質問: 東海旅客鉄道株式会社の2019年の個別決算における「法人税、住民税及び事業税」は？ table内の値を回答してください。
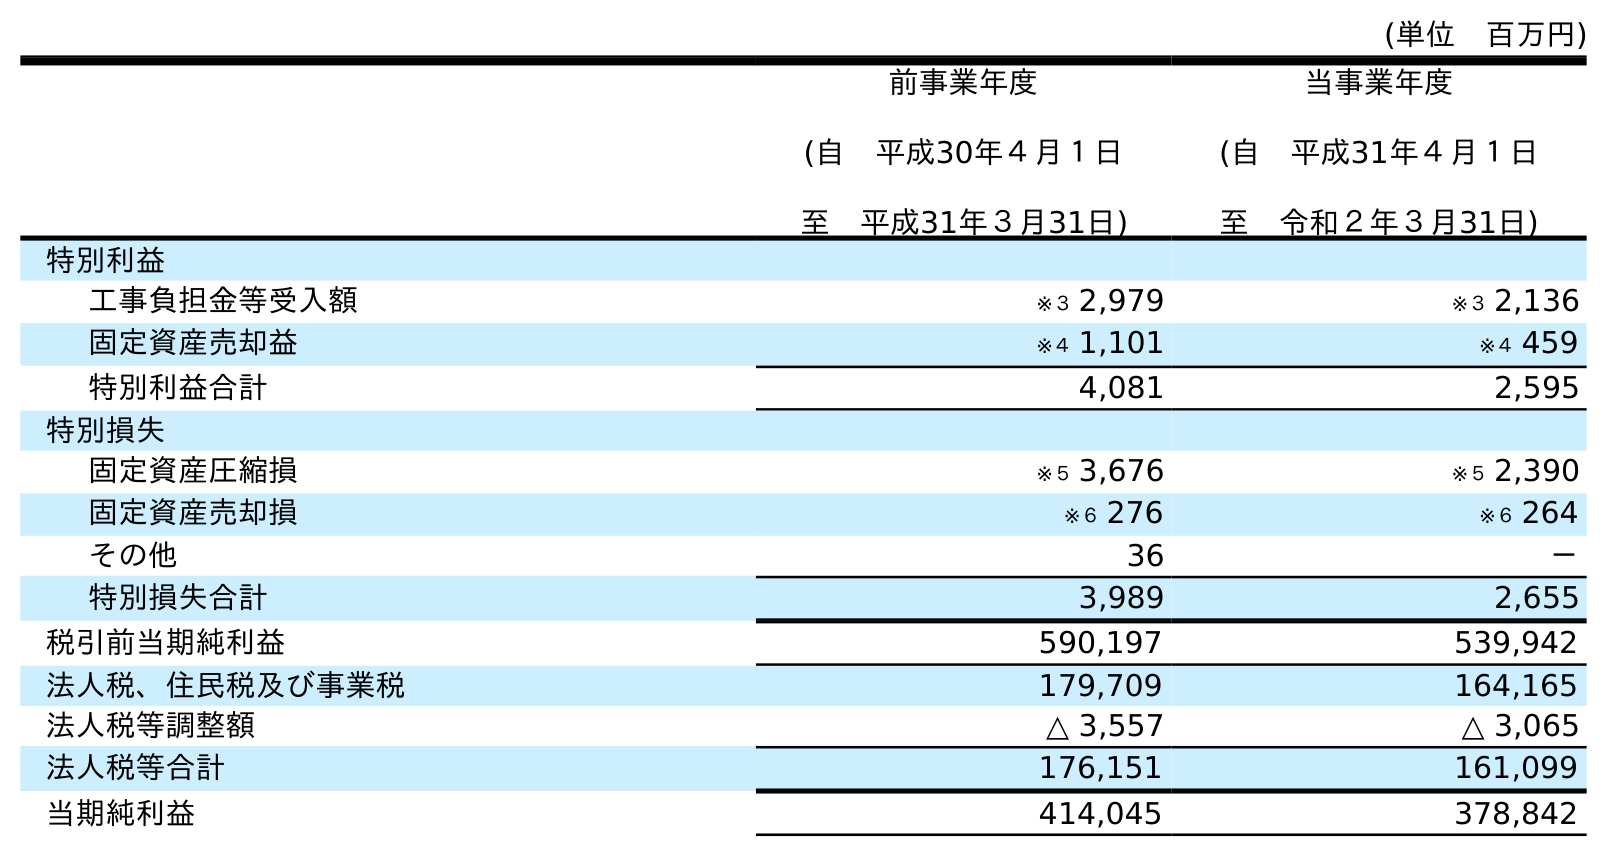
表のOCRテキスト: (単位 百万円) 前事業年度 (自 平成30年４月１日 至 平成31年３月31日) 当事業年度 (自 平成31年４月１日 至 令和２年３月31日) 特別利益 工事負担金等受入額 ※３ 2,979 ※３ 2,136 固定資産売却益 ※４ 1,101 ※４ 459 特別利益合計 4,081 2,595 特別損失 固定資産圧縮損 ※５ 3,676 ※５ 2,390 固定資産売却損 ※６ 276 ※６ 264 その他 36 － 特別損失合計 3,989 2,655 税引前当期純利益 590,197 539,942 法人税、住民税及び事業税 179,709 164,165 法人税等調整額 △ 3,557 △ 3,065 法人税等合計 176,151 161,099 当期純利益 414,045 378,842
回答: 179,709